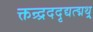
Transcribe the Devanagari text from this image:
क्तन्र्द्रददृद्यत्द्मथ्र्